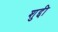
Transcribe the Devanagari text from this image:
शुद्दी